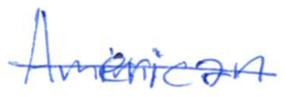
Text: American
Cross-out: single-line
Writing tool: ballpoint